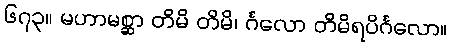
၆၇၃။ မဟာမစ္ဆာ တိမိ တိမိ၊ င်္ဂလော တိမိရပိင်္ဂလော။